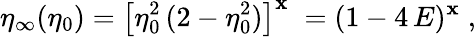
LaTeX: \eta_{\infty}(\eta_{0})=\left[\eta_{0}^{2}\, (2-\eta_{0}^{2})\right]^{\mathbf{x}}\; =(1-4\, E)^{\mathbf{x}}\; ,